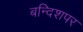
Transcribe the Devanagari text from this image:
बन्दिशपर